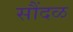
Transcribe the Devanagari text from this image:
सौंदळ